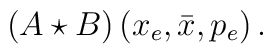
\left(  A\star B\right)  \left(  x_{e},\bar{x},p_{e}\right)  .